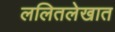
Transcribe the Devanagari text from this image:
ललितलेखात